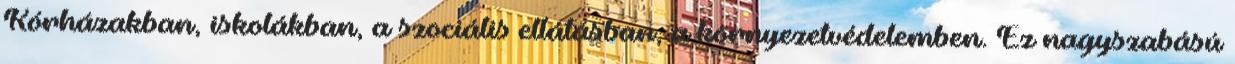
Kórházakban, iskolákban, a szociális ellátásban, a környezetvédelemben. Ez nagyszabású